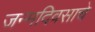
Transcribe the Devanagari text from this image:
जन्मदिवसाचे